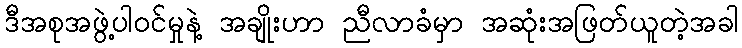
ဒီအစုအဖွဲ့ပါဝင်မှုနဲ့ အချိုးဟာ ညီလာခံမှာ အဆုံးအဖြတ်ယူတဲ့အခါ